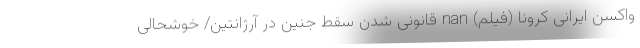
واکسن ایرانی کرونا (فیلم) nan قانونی شدن سقط جنین در آرژانتین/ خوشحالی